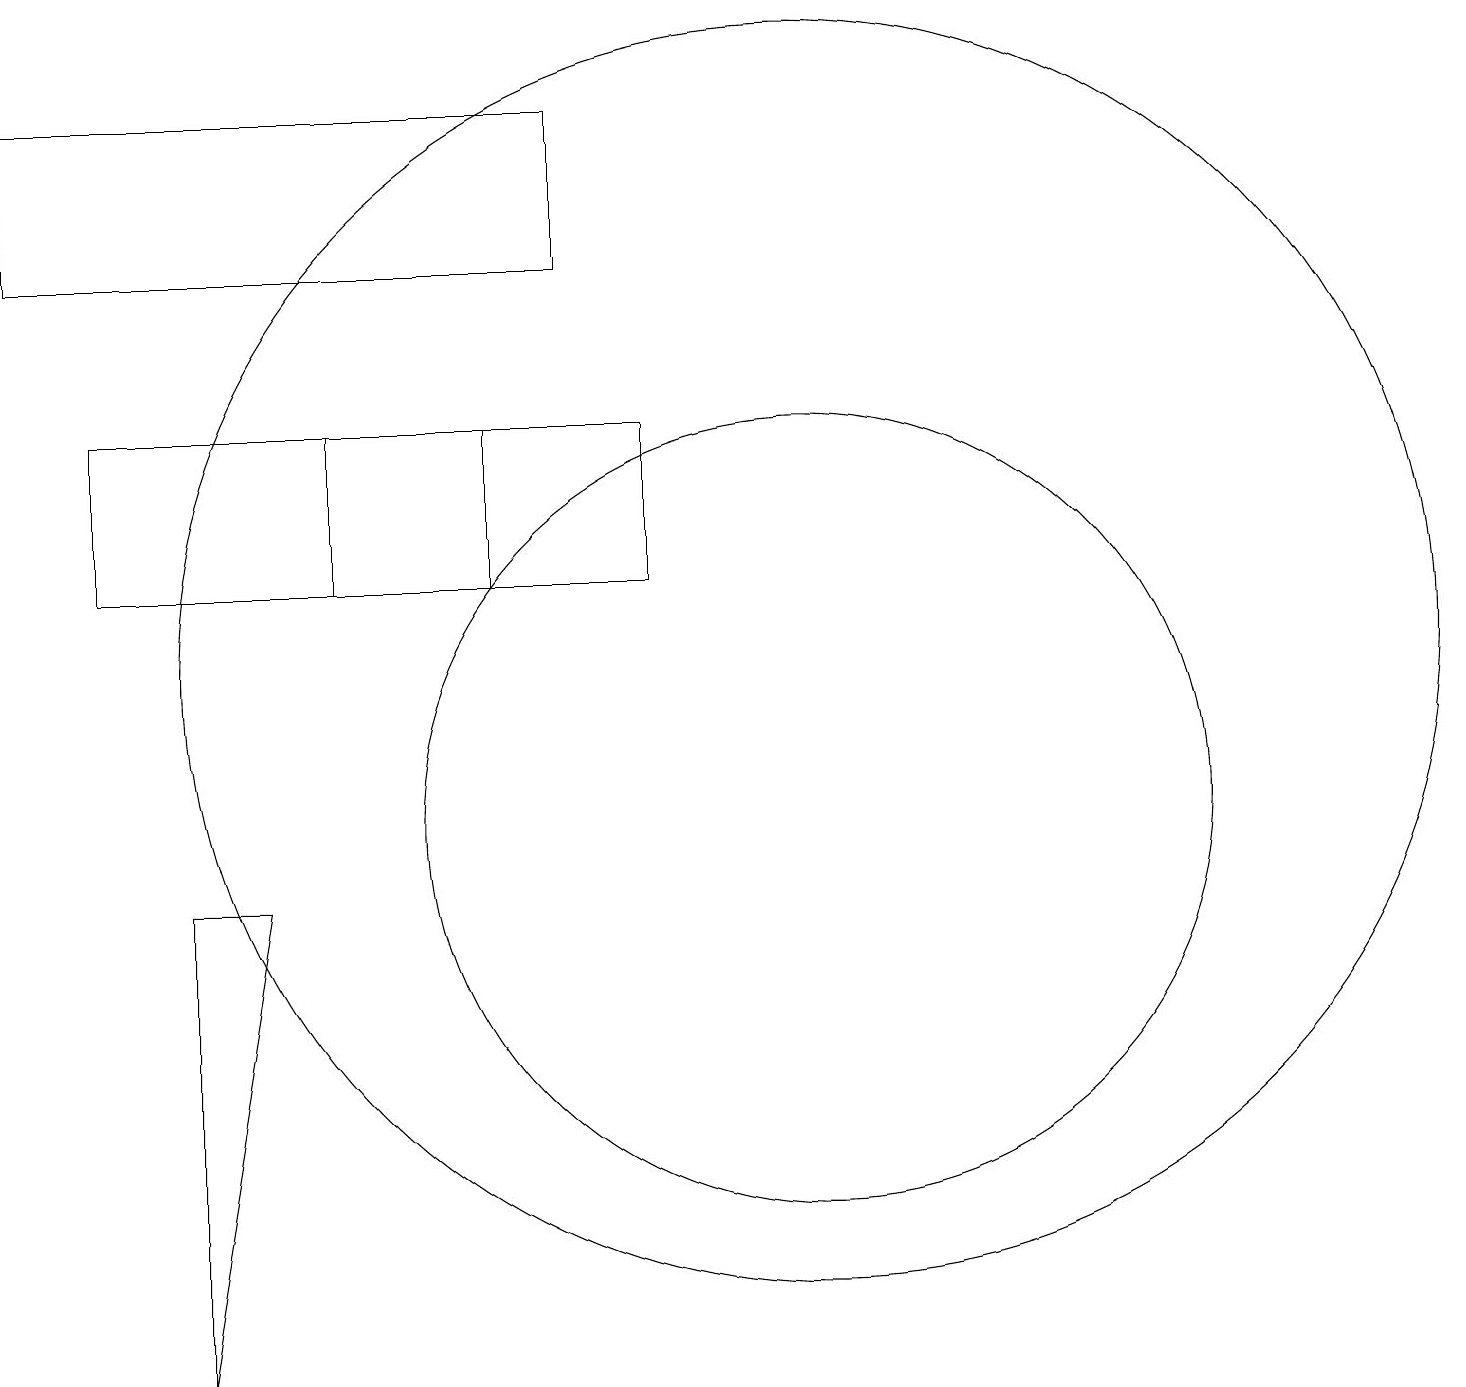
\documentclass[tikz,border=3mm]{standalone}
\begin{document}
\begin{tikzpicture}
\draw (11,10) circle (5);
\draw (8,17) rectangle (1,19);
\draw (2,15) rectangle (7,13);
\draw (4,9) -- (3,9) -- (3,3) -- cycle;
\draw (11,12) circle (8);
\draw (9,15) rectangle (5,13);
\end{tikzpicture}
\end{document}